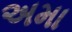
અમા